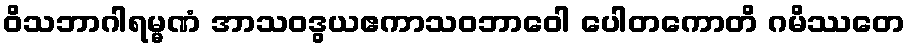
ဝိသဘာဂါရမ္မဏံ အာသဝဒွယဧကာသဝဘာဝေါ ပေါတကောတိ ဂမိဿတေ